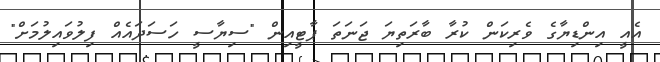
އެއީ އިންޑިޔާގެ ވެރިކަން ކުރާ ބާރަތިޔަ ޖަނަތަ ޕާޓީއިން "ސިޔާސީ ހަސަދައެއް ފިލުވައިލުމަށް"